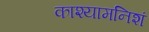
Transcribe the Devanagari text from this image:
काश्यामनिशं